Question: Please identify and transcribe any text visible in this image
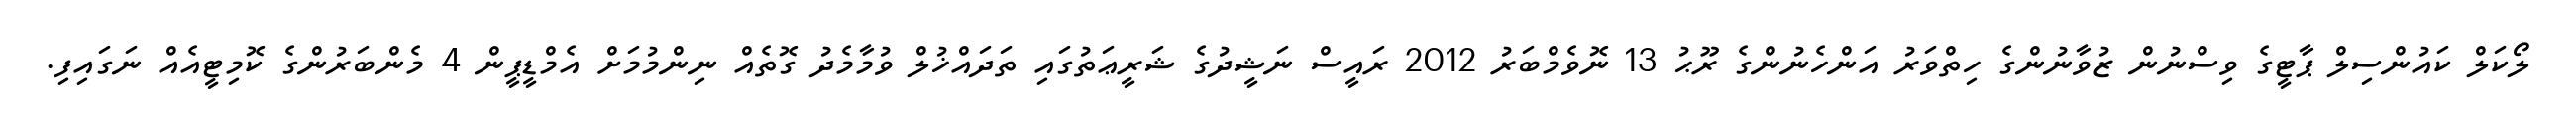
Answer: ލޯކަލް ކައުންސިލް ޕާޓީގެ ވިސްނުން ޒުވާނުންގެ ހިތްވަރު އަންހެނުންގެ ރޫޙު 13 ނޮވެމްބަރު 2012 ރައީސް ނަޝީދުގެ ޝަރީޢަތުގައި ތަދައްޚުލް ވުމާމެދު ގޮތެއް ނިންމުމަށް އެމްޑީޕީން 4 މެންބަރުންގެ ކޮމިޓީއެއް ނަގައިފި.